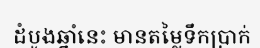
ដំបូងឆ្នាំនេះ មានតម្លៃទឹកប្រាក់